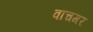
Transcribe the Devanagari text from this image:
वाचगर